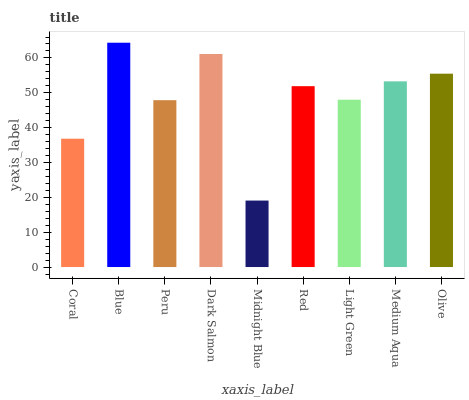
| xaxis_label | bars |
 | --- | --- |
 | Coral | 36.8 |
 | Blue | 64.4 |
 | Peru | 47.9 |
 | Dark Salmon | 61.1 |
 | Midnight Blue | 19.1 |
 | Red | 51.9 |
 | Light Green | 48 |
 | Medium Aqua | 53.3 |
 | Olive | 55.5 |